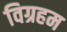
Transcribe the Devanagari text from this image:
विग्रहम